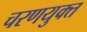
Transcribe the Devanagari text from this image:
चरणयुक्त